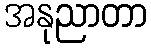
အနုညာတာ